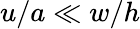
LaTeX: u/a\ll w/h